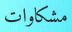
مشكاوات